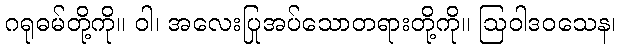
ဂရုဓမ်တို့ကို။ ဝါ၊ အလေးပြုအပ်သောတရားတို့ကို။ ဩဝါဒဝသေန၊